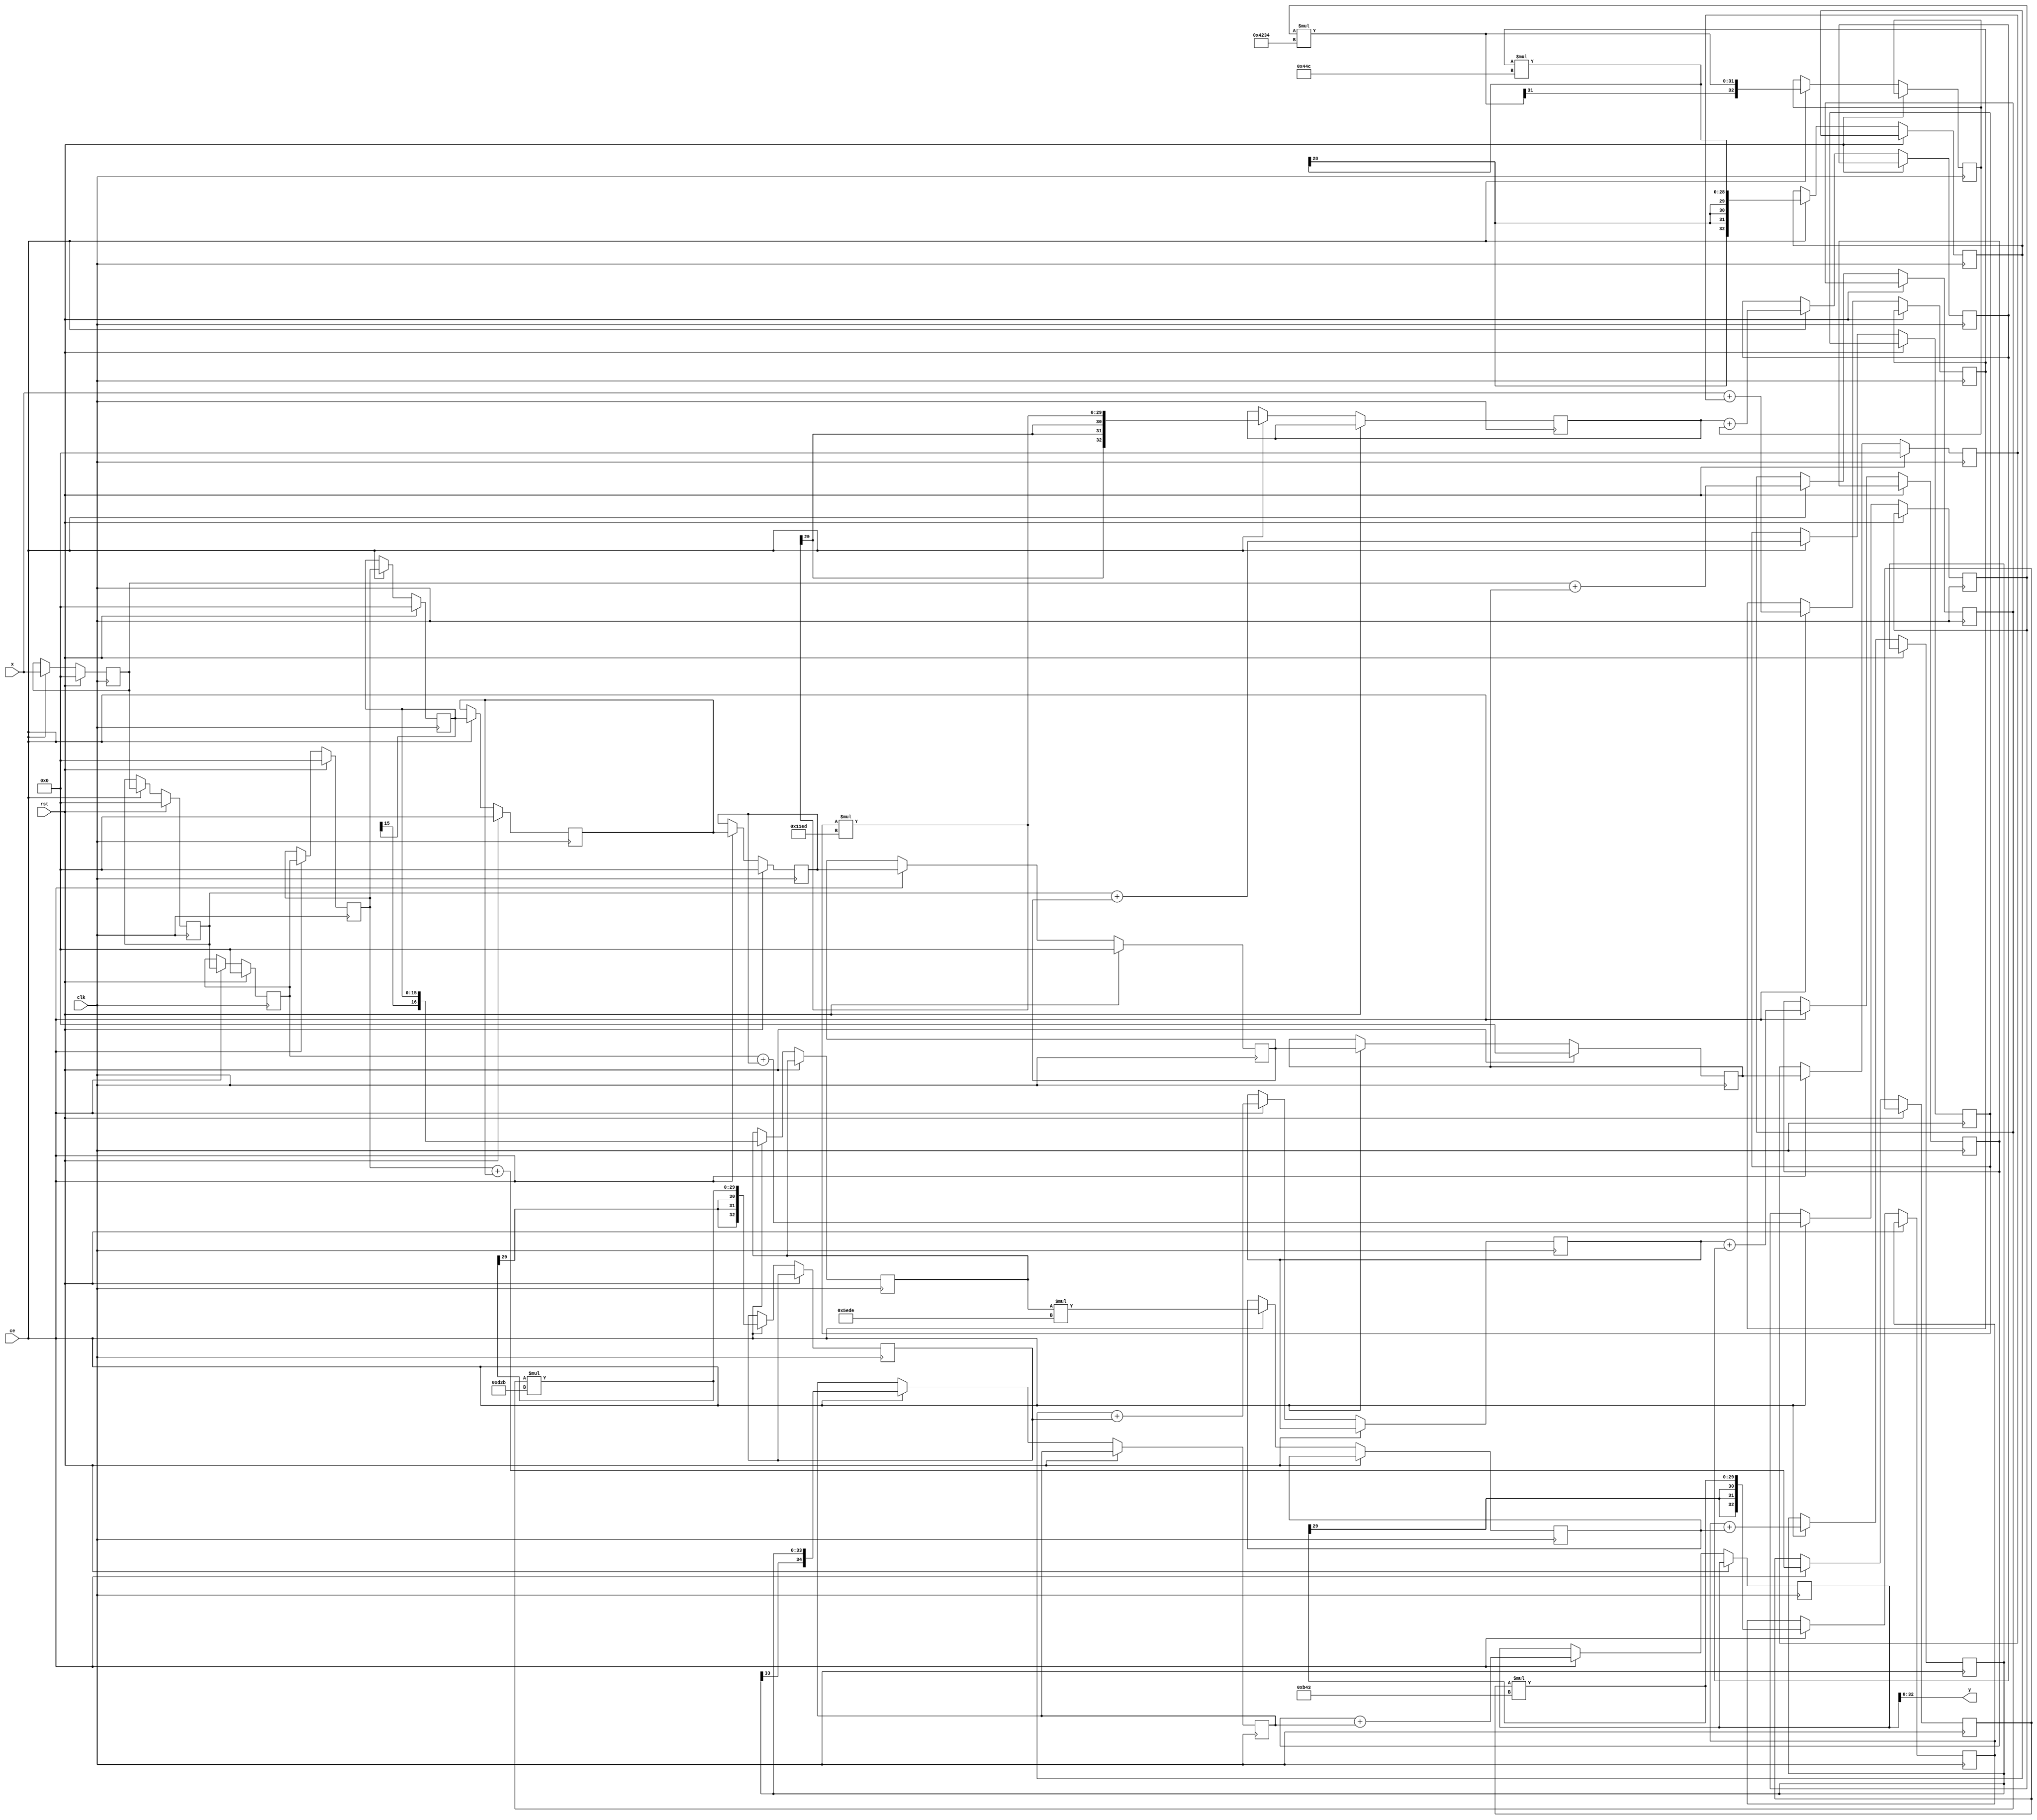
`timescale 1 ns/ 1 ns
module my_Filt(
    input clk,rst,ce,
    input signed [15:0]x,
    output signed [32:0]y
);

  parameter signed [15:0] coeff1 = 16'b0000010001001100; //sfix16_En16
  parameter signed [15:0] coeff2 = 16'b0000110100101011; //sfix16_En16
  parameter signed [15:0] coeff3 = 16'b1111000111101101; //sfix16_En16
  parameter signed [15:0] coeff4 = 16'b1100001000110100; //sfix16_En16
  parameter signed [15:0] coeff5 = 16'b0000101101000011; //sfix16_En16
  parameter signed [15:0] coeff6 = 16'b0101111011011110; //sfix16_En16
  parameter signed [15:0] coeff7 = 16'b0000101101000011; //sfix16_En16
  parameter signed [15:0] coeff8 = 16'b1100001000110100; //sfix16_En16
  parameter signed [15:0] coeff9 = 16'b1111000111101101; //sfix16_En16
  parameter signed [15:0] coeff10 = 16'b0000110100101011; //sfix16_En16
  parameter signed [15:0] coeff11 = 16'b0000010001001100; //sfix16_En16

integer i;

reg signed [15:0]x_n[1:11];

reg signed [16:0]add_x[0:5];
reg signed [32:0]mult_x[0:5];
reg signed [33:0]add_x1[0:2];
reg signed [34:0]add_x2[0:1];
reg signed [34:0]add_x3;

always @(posedge clk ) begin
    if(rst) begin
        for ( i=1 ; i<=11 ; i=i+1 ) begin
            x_n[i] <= 16'd0;  
        end
    end else if(ce) begin
        x_n[1] <= x;
        x_n[2] <= x_n[1];
        x_n[3] <= x_n[2];
        x_n[4] <= x_n[3];
        x_n[5] <= x_n[4];
        x_n[6] <= x_n[5];
        x_n[7] <= x_n[6];
        x_n[8] <= x_n[7];
        x_n[9] <= x_n[8];
        x_n[10] <= x_n[9];
        x_n[11] <= x_n[10];        
        //Addition
        add_x[0] <= x + x_n[10];
        add_x[1] <= x_n[1] + x_n[9];
        add_x[2] <= x_n[2] + x_n[8];
        add_x[3] <= x_n[3] + x_n[7];
        add_x[4] <= x_n[4] + x_n[6];
        add_x[5] <= x_n[5];
        //Multiplication
        mult_x[0] <= add_x[0] * coeff1;
        mult_x[1] <= add_x[1] * coeff2;
        mult_x[2] <= add_x[2] * coeff3;
        mult_x[3] <= add_x[3] * coeff4;
        mult_x[4] <= add_x[4] * coeff5;
        mult_x[5] <= add_x[5] * coeff6;
        //Additon
        add_x1[0] <= mult_x[0] + mult_x[1];
        add_x1[1] <= mult_x[2] + mult_x[3];
        add_x1[2] <= mult_x[4] + mult_x[5];
        //Addition
        add_x2[0] <= add_x1[0] + add_x1[1];
        add_x2[1] <= add_x1[2];
        //Addition
        add_x3 <= add_x2[0] + add_x2[1];
        
    end
end
//Assign

    assign y =add_x3;


endmodule